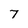
Character: 7